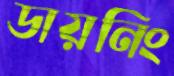
ডায়নিং